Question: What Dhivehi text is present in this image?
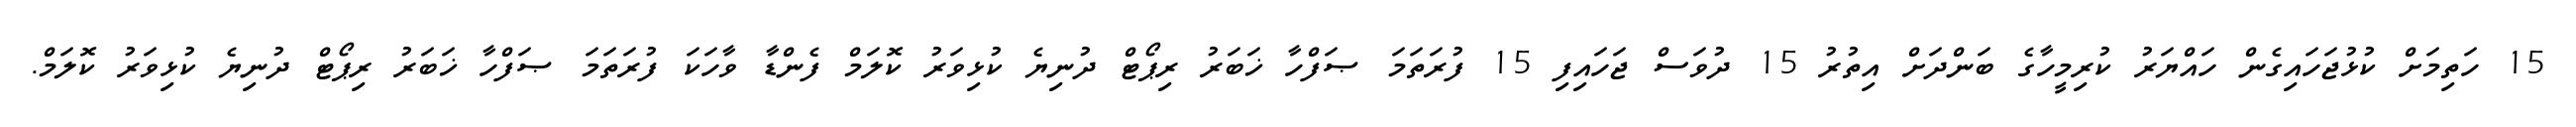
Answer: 15 ހަތިމަށް ކުޅުޖަހައިގެން ހައްޔަރު ކުރިމީހާގެ ބަންދަށް އިތުރު 15 ދުވަސް ޖަހައިފި 15 ފުރަތަމަ ޞަފްހާ ޚަބަރު ރިޕޯޓް ދުނިޔެ ކުޅިވަރު ކޮލަމް ފެންޑާ ވާހަކަ ފުރަތަމަ ޞަފްހާ ޚަބަރު ރިޕޯޓް ދުނިޔެ ކުޅިވަރު ކޮލަމް.